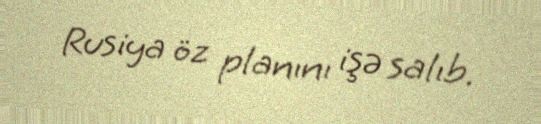
Rusiya öz planını işə salıb.